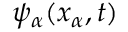
\psi _ { \alpha } ( x _ { \alpha } , t )